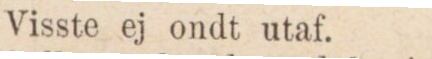
Visste ej ondt utaf.